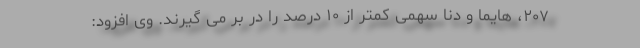
۲۰۷، هایما و دنا سهمی کمتر از ۱۰ درصد را در بر می گیرند. وی افزود: